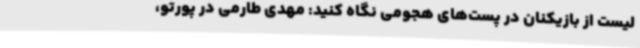
لیست از بازیکنان در پست‌های هجومی نگاه کنید: مهدی طارمی در پورتو،